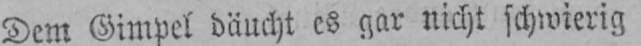
Dem Gimpel däucht es gar nicht schwierig